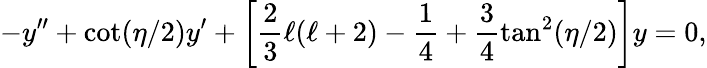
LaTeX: -y^{\prime\prime}+\cot(\eta/2)y^{\prime}+\left[\frac{2}{3}\ell(\ell+2)-\frac{1}{4}+\frac{3}{4}\tan^{2}(\eta/2)\right]y=0,